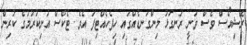
ރޭޝިއޯސް ވެސް ވަނީ ރަނގަޅު މިންގަނޑެއްގައި ހިފެހެއްޓިފަ އެވެ. ޓެކްސް އުނިކުރުމުގެ ކުރިން